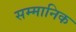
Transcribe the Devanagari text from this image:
सम्‍मानिक